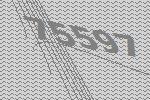
75597